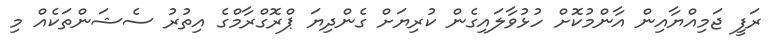
ރަފީ ޖަމިއްޔާއިން އާންމުކޮށް ހުޅުވާލައިގެން ކުރިޔަށް ގެންދިޔަ ޕްރޮގްރާމްގެ އިތުރު ސެޝަންތަކެއް މި